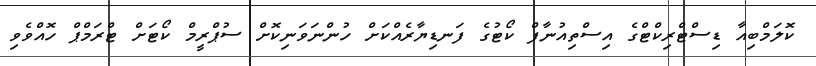
ކޮލަމްބިއާ ޑިސްޓްރިކްޓްގެ އިސްތިއުނާފް ކޯޓުގެ ފަނޑިޔާރެއްކަށް ހުންނަވަނިކޮށް ސުޕްރީމް ކޯޓަށް ޓްރަމްޕް ހޮއްވެވި